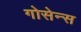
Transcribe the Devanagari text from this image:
गोसेन्स